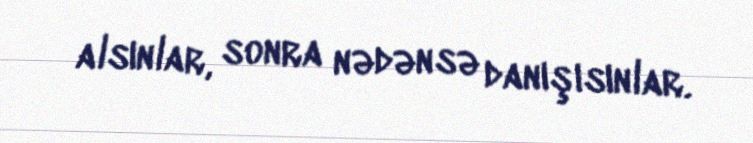
alsınlar, sonra nədənsə danışısınlar.